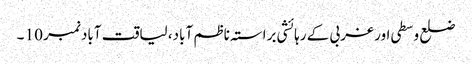
ضلع وسطی اور غربی کے رہائشی براستہ ناظم آباد، لیاقت آباد نمبر 10 ۔